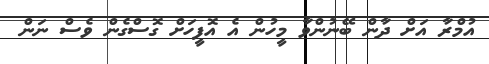
އުމްރާ އަށް ދާން ބޭނުންވާ މީހުން އެ އޮފީހަށް ގޮސްގެން ވެސް ނަން